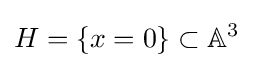
H=\{x=0\}\subset \mathbb {A} ^{3}